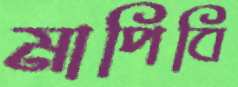
মাপিবি